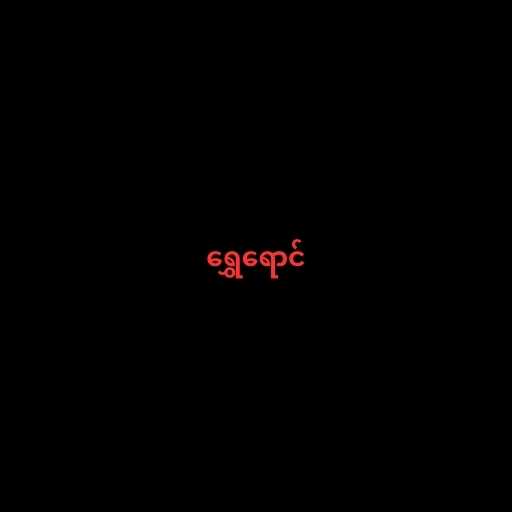
ရွှေရောင်